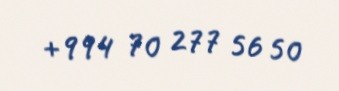
+994 70 277 56 50